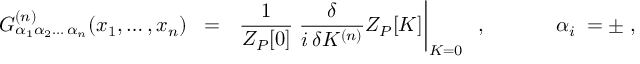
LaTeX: G _ { \alpha _ { 1 } \alpha _ { 2 } \ldots \, \alpha _ { n } } ^ { ( n ) } ( x _ { 1 } , \ldots , x _ { n } ) \; \; = \; \; \left. \frac { 1 } { Z _ { P } [ 0 ] } \; \frac { \delta } { i \, \delta { \cal K } ^ { ( n ) } } Z _ { P } [ { \cal K } ] \right| _ { { \cal K } = 0 } \; \; , \; \; \; \; \; \; \; \; \; \; \; \; \alpha _ { i } \; = \pm \; ,